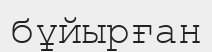
бұйырған